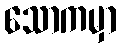
သောကမှာ